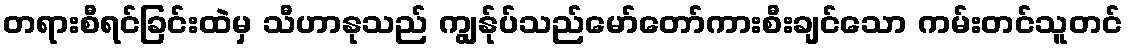
တရားစီရင်ခြင်းထဲမှ သီဟာနုသည် ကျွန်ုပ်သည်မော်တော်ကားစီးချင်သော ကမ်းတင်သူတင်